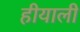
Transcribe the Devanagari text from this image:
हीयाली